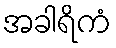
အခါရိကံ